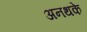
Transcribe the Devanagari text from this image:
अनथके